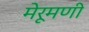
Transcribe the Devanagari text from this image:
मेरूमणी